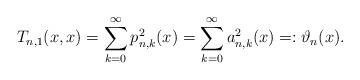
LaTeX: \begin{align*}T_{n,1}(x,x)=\sum^{\infty}_{k=0}{p^2_{n,k}(x)}=\sum^{\infty}_{k=0}{a^2_{n,k}(x)}=:\vartheta_n(x).\end{align*}